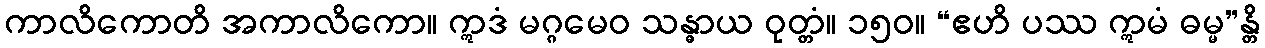
ကာလိကောတိ အကာလိကော။ ဣဒံ မဂ္ဂမေဝ သန္ဓာယ ဝုတ္တံ။ ၁၅၀။ “ဧဟိ ပဿ ဣမံ ဓမ္မ”န္တိ